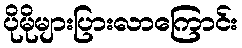
ပိုမိုများပြားလာကြောင်း